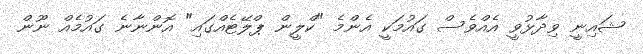
ޝައިނީ ވިދާޅުވީ އެއްވެސް ގައުމަކީ އެންމެ "ކްލީން ޕްލޭޓެއްގައި" އޮންނާނެ ގައުމެއް ނޫން